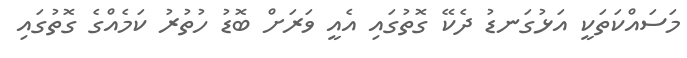
މަސައްކަތަކީ އަޅުގަނޑު ދެކޭ ގޮތުގައި އެއީ ވަރަށް ބޮޑު ހުތުރު ކަމެއްގެ ގޮތުގައި